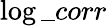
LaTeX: \log\_ corr